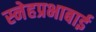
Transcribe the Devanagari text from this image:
स्नेहप्रभाबाई